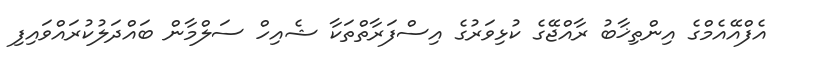
އެފްއޭއެމްގެ އިންތިޚާބު ރާއްޖޭގެ ކުޅިވަރުގެ އިސްފަރާތްތަކާ ޝެއިހް ސަލްމާން ބައްދަލުކުރައްވައިފި